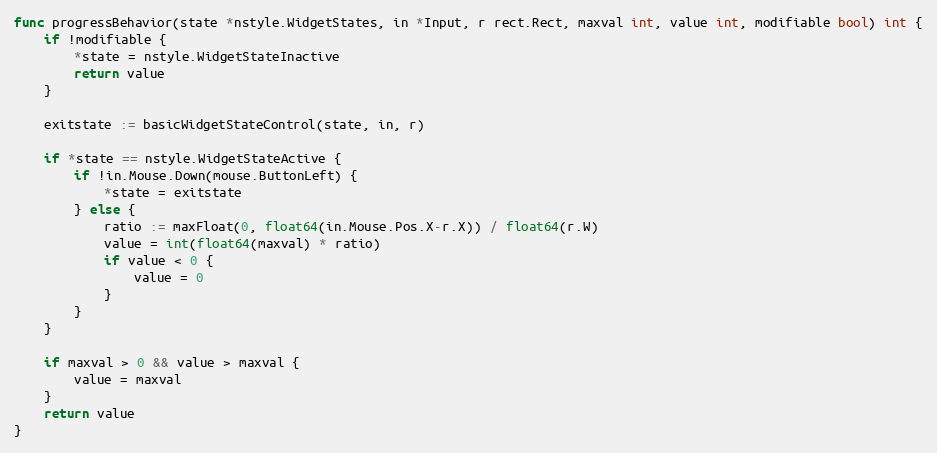
Language: Go
func progressBehavior(state *nstyle.WidgetStates, in *Input, r rect.Rect, maxval int, value int, modifiable bool) int {
	if !modifiable {
		*state = nstyle.WidgetStateInactive
		return value
	}

	exitstate := basicWidgetStateControl(state, in, r)

	if *state == nstyle.WidgetStateActive {
		if !in.Mouse.Down(mouse.ButtonLeft) {
			*state = exitstate
		} else {
			ratio := maxFloat(0, float64(in.Mouse.Pos.X-r.X)) / float64(r.W)
			value = int(float64(maxval) * ratio)
			if value < 0 {
				value = 0
			}
		}
	}

	if maxval > 0 && value > maxval {
		value = maxval
	}
	return value
}